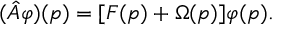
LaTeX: ( \hat { A } \varphi ) ( p ) = [ F ( p ) + \Omega ( p ) ] \varphi ( p ) .